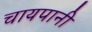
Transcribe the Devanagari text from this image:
चायपानी